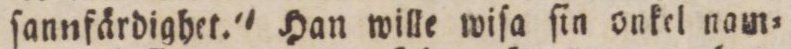
ſannfärdighet.' Han wille wiſa ſin onkel nam=